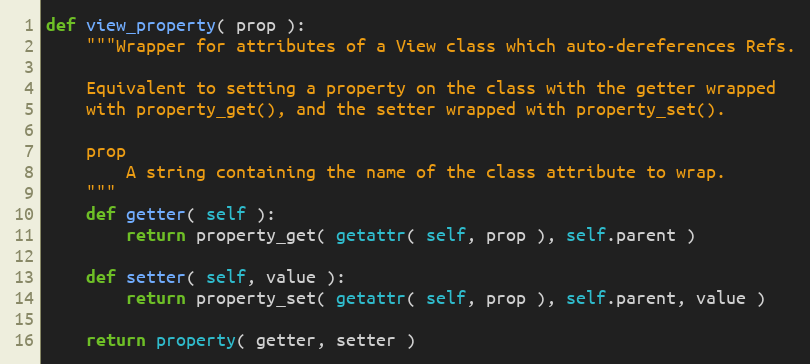
Language: Python
def view_property( prop ):
    """Wrapper for attributes of a View class which auto-dereferences Refs.

    Equivalent to setting a property on the class with the getter wrapped
    with property_get(), and the setter wrapped with property_set().

    prop
        A string containing the name of the class attribute to wrap.
    """
    def getter( self ):
        return property_get( getattr( self, prop ), self.parent )

    def setter( self, value ):
        return property_set( getattr( self, prop ), self.parent, value )

    return property( getter, setter )